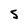
Character: S